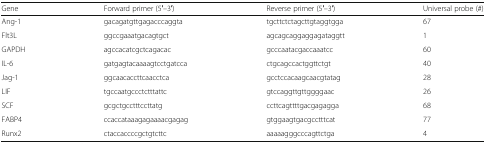
<table><thead><tr><td><b>Gene</b></td><td><b>Forward primer (5′–3′)</b></td><td><b>Reverse primer (5′–3′)</b></td><td><b>Universal probe (#)</b></td></tr></thead><tbody><tr><td>Ang-1</td><td>gacagatgttgagacccaggta</td><td>tgcttctctagcttgtaggtgga</td><td>67</td></tr><tr><td>Flt3L</td><td>ggccgaaatgacagtgct</td><td>agcagcaggaggagataggtt</td><td>1</td></tr><tr><td>GAPDH</td><td>agccacatcgctcagacac</td><td>gcccaatacgaccaaatcc</td><td>60</td></tr><tr><td>IL-6</td><td>gatgagtacaaaagtcctgatcca</td><td>ctgcagccactggttctgt</td><td>40</td></tr><tr><td>Jag-1</td><td>ggcaacaccttcaacctca</td><td>gcctccacaagcaacgtatag</td><td>28</td></tr><tr><td>LIF</td><td>tgccaatgccctctttattc</td><td>gtccaggttgttggggaac</td><td>26</td></tr><tr><td>SCF</td><td>gcgctgcctttccttatg</td><td>ccttcagttttgacgagagga</td><td>68</td></tr><tr><td>FABP4</td><td>ccaccataaagagaaaacgagag</td><td>gtggaagtgacgcctttcat</td><td>77</td></tr><tr><td>Runx2</td><td>ctaccaccccgctgtcttc</td><td>aaaaagggcccagttctga</td><td>4</td></tr></tbody></table>